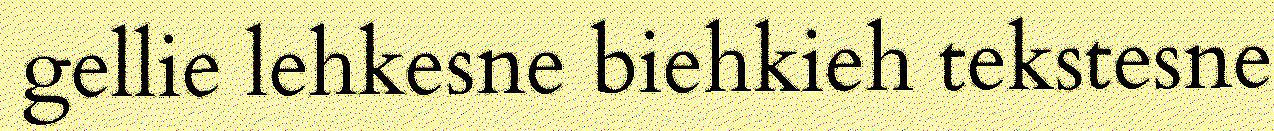
gellie lehkesne biehkieh tekstesne